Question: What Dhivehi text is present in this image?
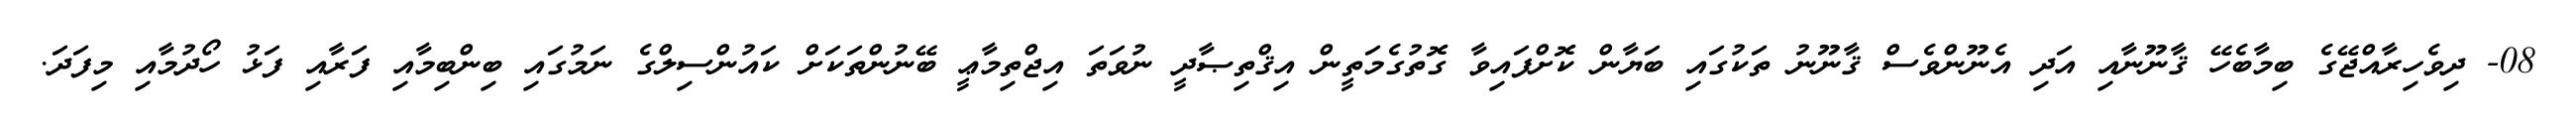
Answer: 08- ދިވެހިރާއްޖޭގެ ބިމާބެހޭ ޤާނޫނާއި އަދި އެނޫންވެސް ޤާނޫނު ތަކުގައި ބަޔާން ކޮށްފައިވާ ގޮތުގެމަތީން އިޤްތިޞާދީ ނުވަތަ އިޖްތިމާޢީ ބޭނުންތަކަށް ކައުންސިލްގެ ނަމުގައި ބިންބިމާއި ފަރާއި ފަޅު ހޯދުމާއި މިފަދަ.